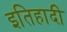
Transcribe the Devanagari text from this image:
इतिहादी